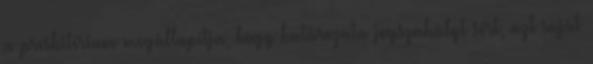
a presbitérium megállapítja, hogy határozata jogszabályt sért, azt saját